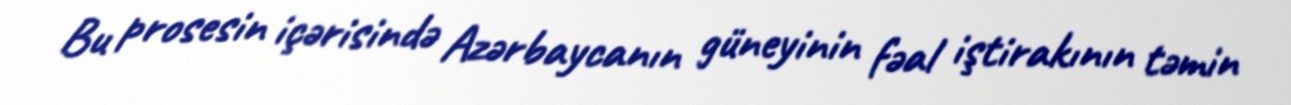
Bu prosesin içərisində Azərbaycanın güneyinin fəal iştirakının təmin